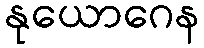
နုယောဂေန